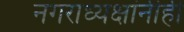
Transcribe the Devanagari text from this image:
नगराध्यक्षांनीही